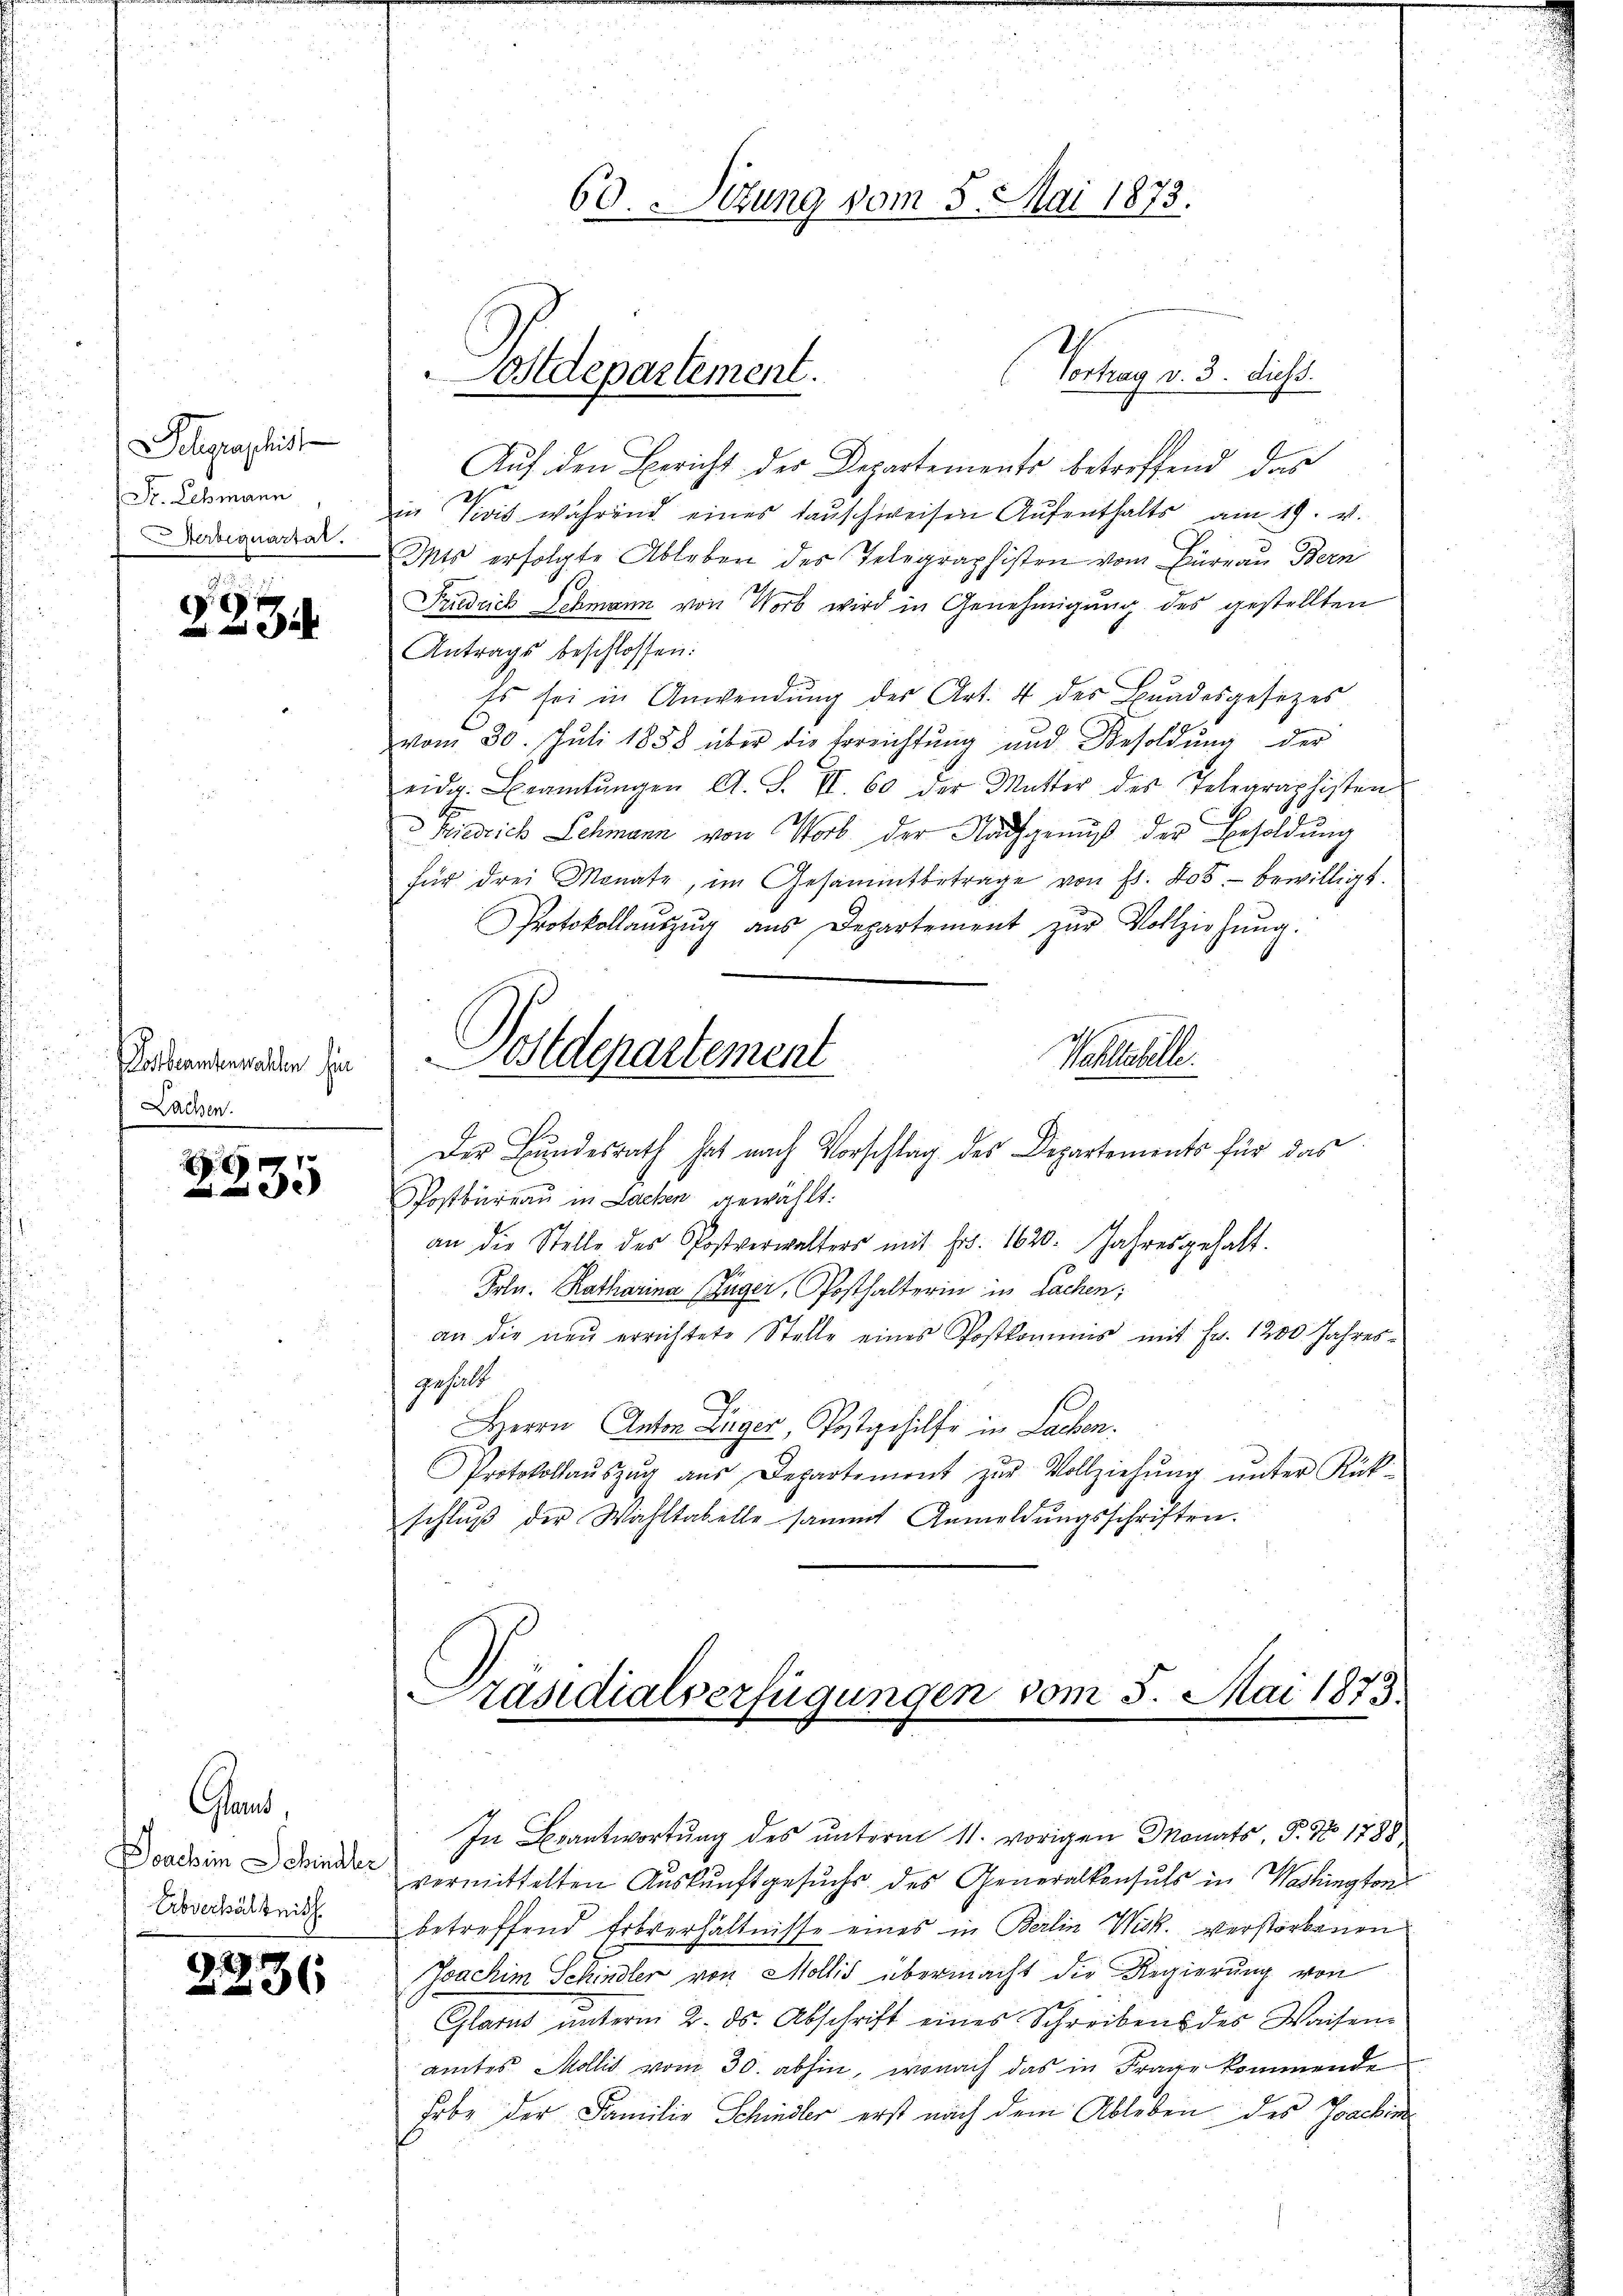
Delegraphis
St. Lehmann

2234

Dosbeamtenwalten hin
Lachen.

de

Glad
Poachim Schindler
Abverhältnis

.
x

Auf den Bericht der Departements betreffend das
in Vivis während eines Tauschweisen Aufenthalts am 19. v.
doradia. Das erfolgte Ableben des Telegraphisten vom Büreau Bern
Friedrich Schmann von Worb wird in Genehmigung des gestellten
Antrags beschlossen:
Es sei in Anwendŭng des Art. 4 des Bundesgesetzes
vom 30. Juli 1858 über die Erreichtŭng und Besoldŭng der
eidg. Beamtŭngen A. S. VI. 60 der Mutter des Telegraphisten
Riedrich Schmann von Wort der Nachgenuß der Besoldung
für drei Monate, im Gesammtbetrage von fl. 205. bewilligt.
Protokollaŭszŭg aŭs Departement zŭr Vollziehŭng.
Postdepartement
Post
Der Bundesrath hat nach Vorschlag des Departements für das
Postbureau in Lachen gewählt:
an die Stelle des Postverwalters mit Fr. 1620. Jahresgehalt.
s
Frln. Ratharina Züger, Posthalterin in Sachen;
an die neŭ errichtete Stelle eines Postkommis mit Fr. 1200 Jahres-
gehalt
Herrn Anton Züger, Postgehilfe in Lachen.
Protokollaŭszŭg aŭs Departement zŭr Vollziehŭng ŭnter Rück-
schlŭβ der Wahltabelle sammt Anmeldŭngsschriften.

Postdepartement.

60. Sitzung vom 8. Mai 1873.

Vortrag v. 3. diess.

Präsidialverfügungen vom 3. Mai 1873.
In Beantwortung des unterm 11. vorigen Monats, P. No 1788,

vermittelten Auskunftgesuchs des Generalkonsuls in Washington
betreffend Erbverhältnisse eines in Berlin Wick. verstorbenen
Joachim Schindler von Mollis übermacht die Regierung von
Glarus unterm 2. ds. Abschrift eines Schreibens des Waisen-
amtes Mollis vom 30. abhin, wonach das in Frage kommende
Erbe der Familie Schindler erst nach dem Ableben des Joachin